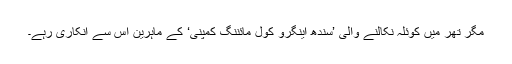
مگر تھر میں کوئلہ نکالنے والی ’سندھ اینگرو کول مائننگ کمپنی‘ کے ماہرین اس سے انکاری رہے۔